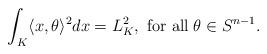
LaTeX: \begin{align*}\int_K \langle x,\theta\rangle^2 dx=L_K^2 ,~ \hbox{for all}\; \theta \in S^{n-1} .\end{align*}